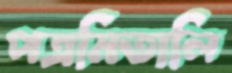
পত্রমিতালি